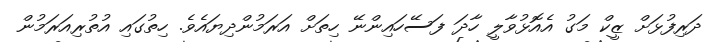
ދަރިފުޅަށް ޒީކް މަގު އެއޮޅުވާލީ ހާދަ ފަސޭހައިންނޭ ހިތަށް އަރަމުންދިޔައެވެ. ހިތުގައި އުތުރިއަރަމުން